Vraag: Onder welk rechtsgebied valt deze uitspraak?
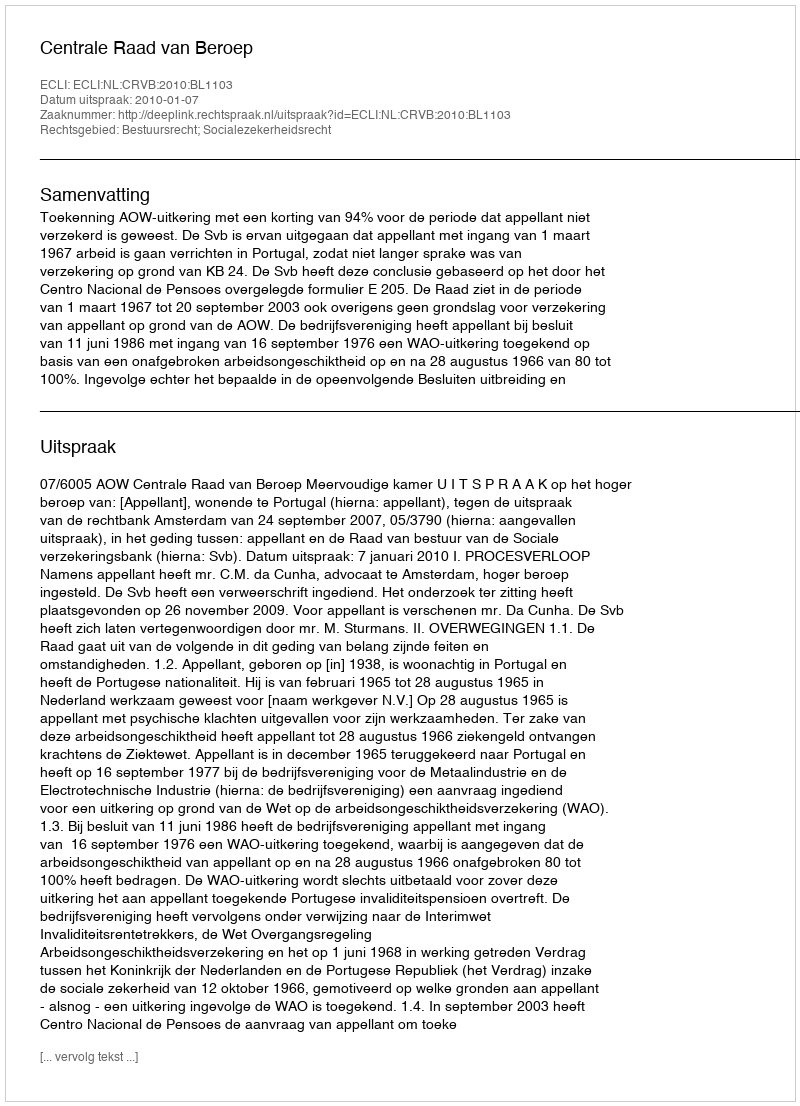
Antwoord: Bestuursrecht; Socialezekerheidsrecht